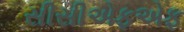
સીસીએફએફ